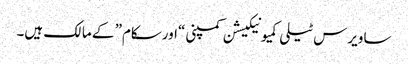
ساویرس ٹیلی کمیونیکیشن کمپنی “اورسکام” کے مالک ہیں۔